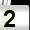
Digit: 2